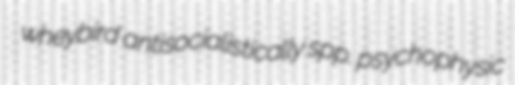
wheybird antisocialistically spp. psychophysic